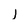
Character: j